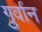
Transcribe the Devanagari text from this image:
गुर्वान